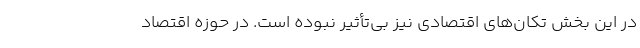
در این بخش تکان‌های اقتصادی نیز بی‌تأثیر نبوده است. در حوزه اقتصاد